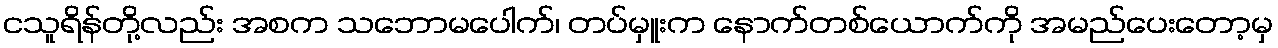
ငသူရိန်တို့လည်း အစက သဘောမပေါက်၊ တပ်မှူးက နောက်တစ်ယောက်ကို အမည်ပေးတော့မှ